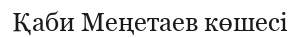
Қаби Меңетаев көшесі